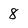
Character: 8